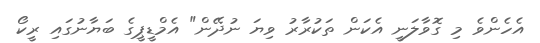
އެހެންވެ މި ގޮވާލަނީ އެކަން ތަކުރާރު ވިޔަ ނުދޭން" އެމްޑީޕީގެ ބަޔާނުގައި ރީކޯ